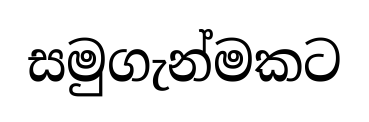
සමුගැන්මකට